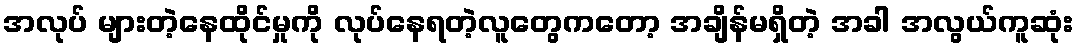
အလုပ် များတဲ့နေထိုင်မှုကို လုပ်နေရတဲ့လူတွေကတော့ အချိန်မရှိတဲ့ အခါ အလွယ်ကူဆုံး